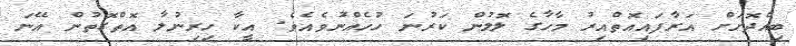
ބިއްދޮށަށް އަރާފައިއޮތްއިރު މާހާގެ ލޮލުން ކަރުނަ ހުހެއްނުވެއެވެ. އީކާ ހިރިނުލާ އޮތްގޮތުން އޭނަ